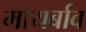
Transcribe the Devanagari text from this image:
मायर्बाव